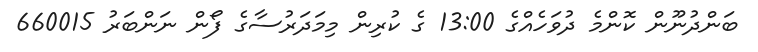
ބަންދުނޫން ކޮންމެ ދުވަހެއްގެ 13:00 ގެ ކުރިން މިމަދަރުސާގެ ފޯން ނަންބަރު 660015